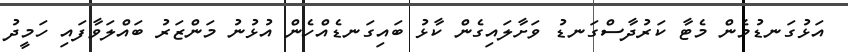
އަޅުގަނޑުމެން މެޓާ ކަރުދާސްގަނޑު ވަށާލައިގެން ކާޅު ބައިގަނޑެއްހެން އުޅުނު މަންޒަރު ބައްލަވާފައި ހަމީދު